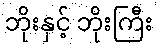
ဘိုးနှင့် ဘိုးကြီး